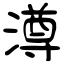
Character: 澊